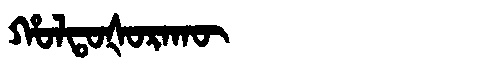
Manchu: ᡥᠣᠯᡨᠣᡧᠣᡵᠠᡴᡡ
Romanization: HOLTOŠORAKŪ